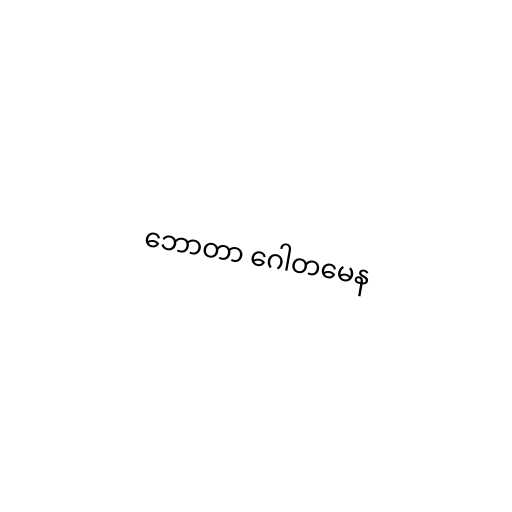
ဘောတာ ဂေါတမေန